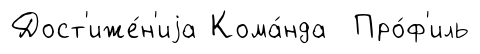
Дост'иже́н'иjа Кома́нда Про́ф'иль